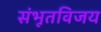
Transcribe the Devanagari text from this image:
संभूतविजय